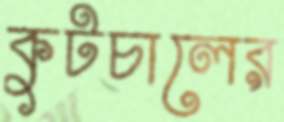
কুটচালের